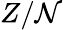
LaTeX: Z/\mathcal{N}